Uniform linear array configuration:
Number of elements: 64
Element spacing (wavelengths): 0.5
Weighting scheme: hamming
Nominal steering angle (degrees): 15
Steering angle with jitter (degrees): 16.511
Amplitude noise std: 0.05
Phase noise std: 0.05

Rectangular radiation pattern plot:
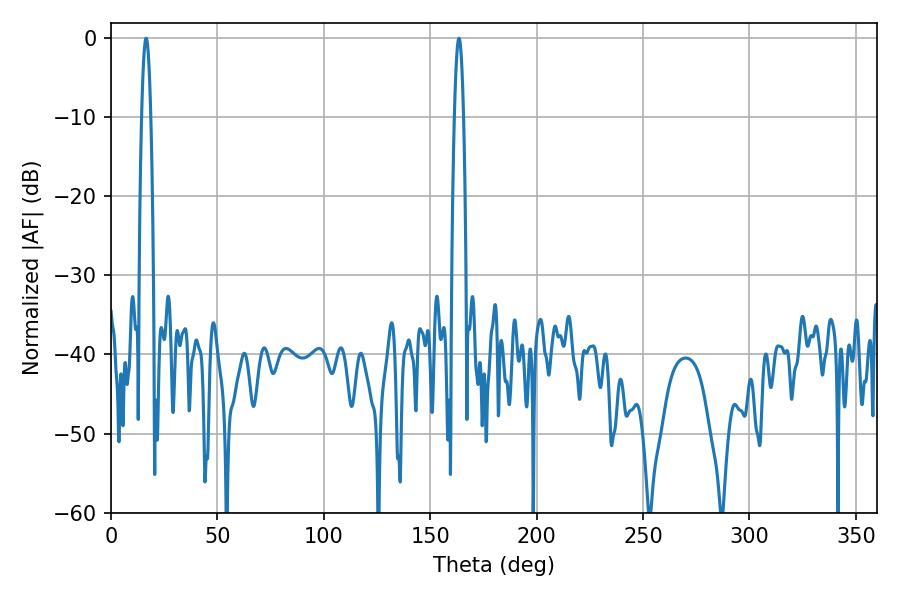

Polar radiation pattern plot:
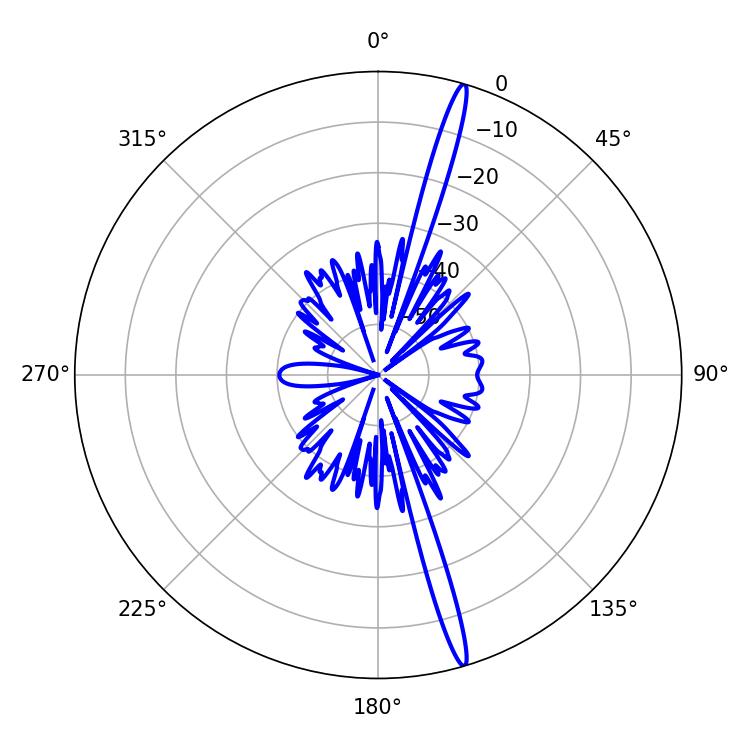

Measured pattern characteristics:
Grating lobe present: FALSE
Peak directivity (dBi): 18.911
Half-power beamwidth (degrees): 2.34
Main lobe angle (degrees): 16.56